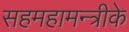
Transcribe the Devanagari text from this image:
सहमहामन्त्रीके